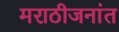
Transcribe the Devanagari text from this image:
मराठीजनांत